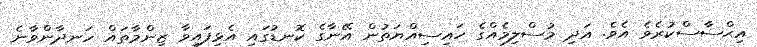
އިޙްސާސްކުރެވެ އެވެ. އަދި މުސްލިމެއްގެ ހައިސިއްޔަތުން އޭނާގެ ކޮނޑުގައި އެޅިފައިވާ ޒިންމާތައް ހަނދާންވާނެ